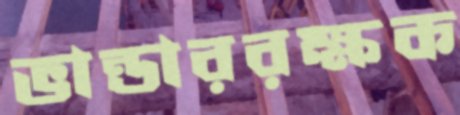
ভান্ডাররক্ষক